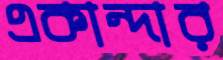
একান্দার